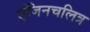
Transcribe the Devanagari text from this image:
एंजिनचलित्र